Scientific memoirs by medical officers of the Army of India - Part XI,
Year: 1898
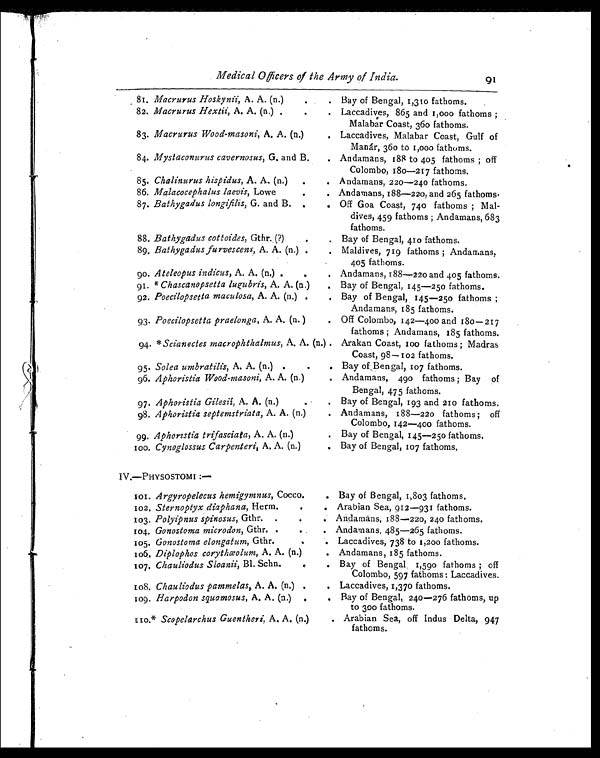
Medical Officers of the Army of India .
91
81
Macrurus Hoskynii, A. A. (n.)
Bay of Bengal, 1,310 fathoms.
82. Macrurus Hextii, A. A. (n.) .
Laccadives, 865 and z,000 fathoms ;
Malabar Coast, 36o fathoms.
83. Macrurus Wood-masoni, A. A. (n.)
Laccadives, Malabar Coast, Gulf of
Manár, 360 to 1,000 fathoms.
84. Mystaconurus cavernosus , G. and B.
Andamans, 188 to 405 fathoms ; off
Colombo, 180—217 fathoms.
85. Chalinurus hispidus, A. A. (n.)
Andamans, 220—24o fathoms,
86. Malacocephalus laevis, Lowe
. Andamans, 188-220, and 265 fathoms.
87. Bathygadus longifilis , G. and B.
Off Goa Coast, 740 fathoms ; Mal-
dives, 459 fathoms ; Andamans, 683
fathoms.
88.
.
Bathygadus cottoides, Gthr. (?)
Bay of Bengal, 410 fathoms.
89, Bathygadus furvescens , A. A. (n.) .
Maldives, 719 fathoms ; Andamans,
405 fathoms.
90. Ateleopus indicus, A. A, (n.) .
Andamans, 188—220 and 405 fathoms.
91. * Chascanopsetta lugubris, A. A, (n.)
Bay of Bengal, 145—250 fathoms.
92. Poecilopsetta maculosa , A. A. (n.)
Bay of Bengal, 145—250 fathoms ;
Andamans, 185 fathoms.
93. Poecilopsetta praelonga , A. A. (n. )
Off Colombo, 142—400 and 180—2I 7
fathoms ; Andamans, 185 fathoms.
94. * Scianectes macrophthalmus , A. A. (n.) .Arakan Coast, 100 fathoms ; Madras
Coast, 98—102 fathoms.
95. Solea umbratilis, A. A. (n.)
Bay of Ben gal, 107 fathoms.
96. Aphoristia Wood-masoni , A. A. (n.)
Andamans, 490 fathoms ; Bay
Bengal, 475 fathoms.
97. Aphoristia Gilesii , A. A. (n.)
Bay of Bengal, 193 and 210 fathoms.
98. Aphoristia septemstriata, A. A. (n.)
Andamans, 188—220 fathoms; off
Colombo, 142—400 fathoms,
99. Aphoristia trifasciata , A. A. (n.)
Bay of Bengal, 145—250 fathoms.
1 0 0 Cynoglossus Carpenteri, A. A. (n.)
Bay of Bengal, 107 fathoms.
IV.—PHYSOSTOMI
1 0 1 Argyropelecus hemigymnus , Coeco.
Bay of Bengal, 1,803 fathoms,
102. Sternoptyx diaphana, Herm
Arabian Sea, 912—931 fathoms.
103. Polyipnus spinosus , Gthr.
Andamans, 188–220, 240 fathoms.
104. Gonostoma microdon , Gthr.
Andamans, 485-265 fathoms.
105. Gonostoma elongatum , Gthr.. Laccadives, 738 to 1,200 fathoms.
106. Diplophos corythæolum , A. A. (n.)
Andamans, 185 fathoms.
107. Chauliodus Sloanii , Bl. Schn.
Bay of Bengal, 1,590 fathoms ; off
Colombo, 597 fathoms : Laccadives.
108 Chauliodus pammelas, A. A. (n.)
Laccadives, 1,370 fathoms.
109. Harpodon squamosus , A. A. (n.)
Bay of Bengal, 240— 276 fathoms, up
to 300 fathoms.
110 Scopelarchus Guentheri, A. A. (n.)
Arabian Sea, off Indus Delta, 947
fathoms.